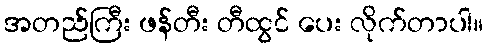
အတည်ကြီး ဖန်တီး တီထွင် ပေး လိုက်တာပါ။